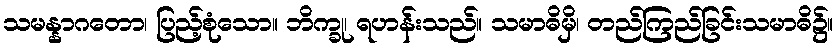
သမန္နာဂတော၊ ပြည့်စုံသော။ ဘိက္ခု၊ ရဟန်းသည်။ သမာဓိမှိ၊ တည်ကြည်ခြင်းသမာဓိ၌။